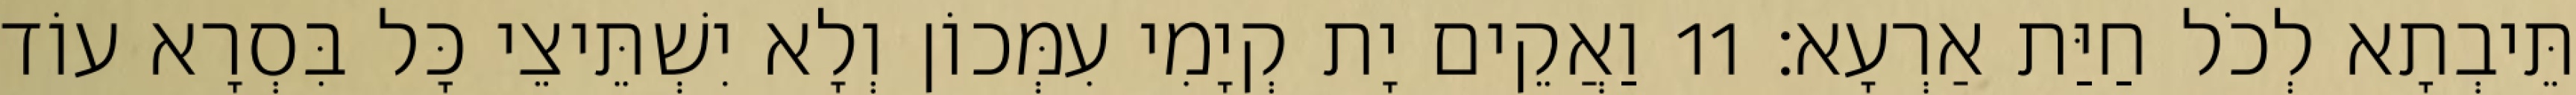
תֵּיבְתָא לְכֹל חַיַּת אַרְעָא׃ 11 וַאֲקֵים יָת קְיָמִי עִמְּכוֹן וְלָא יִשְׁתֵּיצֵי כָּל בִּסְרָא עוֹד